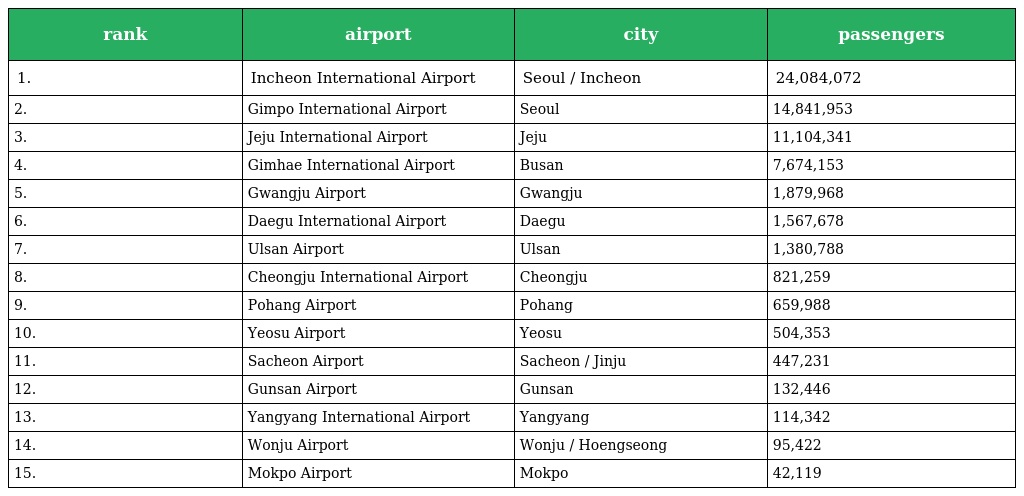
| rank | airport | city | passengers |
 | --- | --- | --- | --- |
 | 1. | Incheon International Airport | Seoul / Incheon | 24,084,072 |
 | 2. | Gimpo International Airport | Seoul | 14,841,953 |
 | 3. | Jeju International Airport | Jeju | 11,104,341 |
 | 4. | Gimhae International Airport | Busan | 7,674,153 |
 | 5. | Gwangju Airport | Gwangju | 1,879,968 |
 | 6. | Daegu International Airport | Daegu | 1,567,678 |
 | 7. | Ulsan Airport | Ulsan | 1,380,788 |
 | 8. | Cheongju International Airport | Cheongju | 821,259 |
 | 9. | Pohang Airport | Pohang | 659,988 |
 | 10. | Yeosu Airport | Yeosu | 504,353 |
 | 11. | Sacheon Airport | Sacheon / Jinju | 447,231 |
 | 12. | Gunsan Airport | Gunsan | 132,446 |
 | 13. | Yangyang International Airport | Yangyang | 114,342 |
 | 14. | Wonju Airport | Wonju / Hoengseong | 95,422 |
 | 15. | Mokpo Airport | Mokpo | 42,119 |